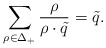
\begin{align*}\sum_{\rho\in\Delta_+}{\rho\over{\rho\cdot\tilde{q}}}=\tilde{q}. \end{align*}